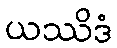
ယဿိဒံ